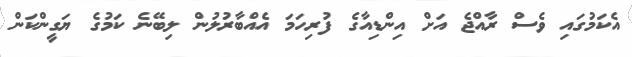
އެކަމުގައި ވެސް ރާއްޖެ އަށް އިންޑިއާގެ ފުރިހަމަ އެއްބާރުލުން ލިބޭނެ ކަމުގެ ޔަގީންކަން